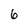
Character: 6